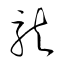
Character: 龍